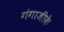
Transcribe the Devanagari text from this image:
गंगाजीके